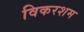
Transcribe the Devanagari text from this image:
विकरशम